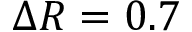
\Delta R = 0 . 7